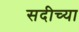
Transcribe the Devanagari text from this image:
सदीच्या